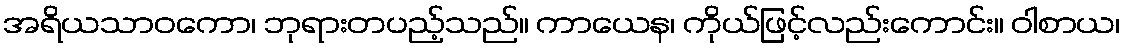
အရိယသာဝကော၊ ဘုရားတပည့်သည်။ ကာယေန၊ ကိုယ်ဖြင့်လည်းကောင်း။ ဝါစာယ၊